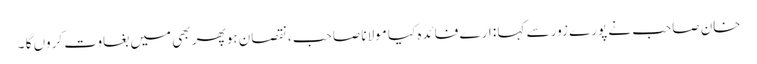
خان صاحب نے پورے زور سے کہا : ارے فائدہ کیا مولانا صاحب ، نقصان ہو پھر بھی میں بغاوت کروں گا ۔